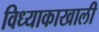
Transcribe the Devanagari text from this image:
विध्याकाखाली